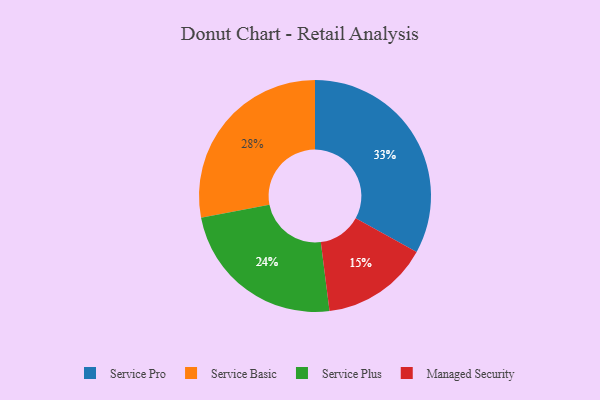
{"axis": {"x": "Category", "y": "Percentage"}, "legend": ["Managed Security", "Service Basic", "Service Plus", "Service Pro"], "data": [{"x": "Service Plus", "y": 24, "type": "Service Plus"}, {"x": "Service Pro", "y": 33, "type": "Service Pro"}, {"x": "Managed Security", "y": 15, "type": "Managed Security"}, {"x": "Service Basic", "y": 28, "type": "Service Basic"}]}